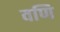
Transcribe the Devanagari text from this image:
वणि